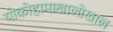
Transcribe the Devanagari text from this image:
योकोहामाखालोखाल